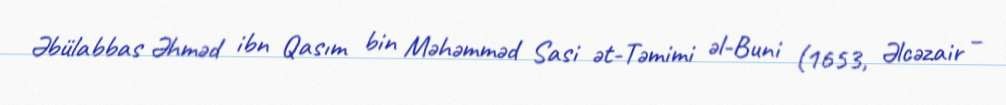
Əbülabbas Əhməd ibn Qasım bin Məhəmməd Sasi ət-Təmimi əl-Buni (1653, Əlcəzair –